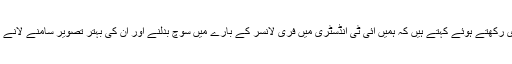
فہد اپنی بات جاری رکھتے ہوئے کہتے ہیں کہ ہمیں آئی ٹی انڈسٹری میں فری لانسر کے بارے میں سوچ بدلنے اور ان کی بہتر تصویر سامنے لانے کی ضرورت ہے۔